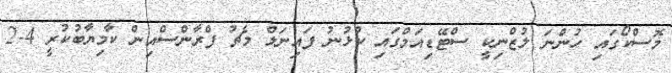
މޮސްކޯގައި ހުންނަ ލުޒްނިކީ ސްޓޭޑިއަމްގައި ކުޅުނު ފައިނަލް މެޗު ފްރާންސްއިން ކާމިޔާބުކުރީ 4-2